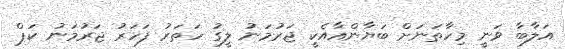
އަލާބާ ވަނީ މިހާތަނަށް ބަޔާންއާއެކީ ޖަރުމަނު ލީގު ހަތަރު ފަހަރު ޖަރުމަނު ކަޕް